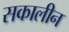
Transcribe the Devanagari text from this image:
सकालीन